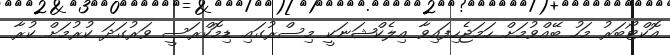
އޮކްޓޯބަރު މަހު ބޭއްވުމަށް ހަމަޖެހިފައިވާ އިލެކްޝަނަކީ މިސްރުގައި ޑިމޮކްރަސީ ވަރުގަދަ ކުރުމަށް ކުރާ